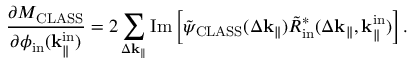
\frac { \partial M _ { \mathrm { C L A S S } } } { \partial \phi _ { \mathrm { i n } } ( \mathbf { k } _ { \parallel } ^ { \mathrm { i n } } ) } = 2 \sum _ { \Delta \mathbf { k } _ { \parallel } } \mathrm { I m } \left[ \Tilde { \psi } _ { \mathrm { C L A S S } } ( \Delta \mathbf { k } _ { \parallel } ) \Tilde { R } _ { \mathrm { i n } } ^ { \ast } ( \Delta \mathbf { k } _ { \parallel } , \mathbf { k } _ { \parallel } ^ { \mathrm { i n } } ) \right] .